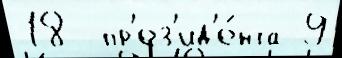
18  пр'ез'ид'е́нта 9